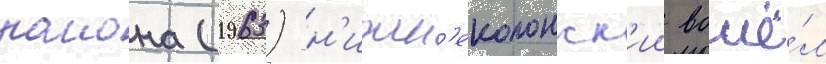
раиона (1963) н'ижн'еколонск'ии вошё́л